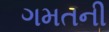
ગમતની